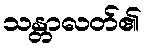
သန္တာလတ်၏